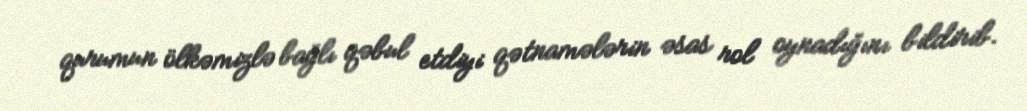
qurumun ölkəmizlə bağlı qəbul etdiyi qətnamələrin əsas rol oynadığını bildirib.